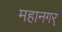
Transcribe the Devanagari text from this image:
महानगर्